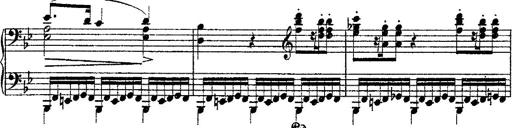
Title: Fantaisie romantique sur deux mÃ©lodies suisses
Composer: Franz Liszt